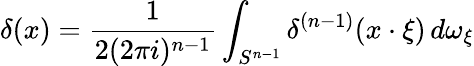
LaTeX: \delta(x)={\frac{1}{2(2\pi i)^{n-1}}}\int_{S^{n-1}}\delta^{(n-1)}(x\cdot\xi)\, d\omega_{\xi}